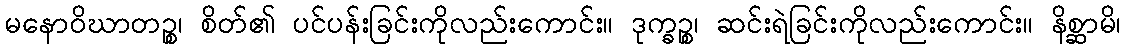
မနောဝိဃာတဉ္စ၊ စိတ်၏ ပင်ပန်းခြင်းကိုလည်းကောင်း။ ဒုက္ခဉ္စ၊ ဆင်းရဲခြင်းကိုလည်းကောင်း။ နိစ္ဆာမိ၊